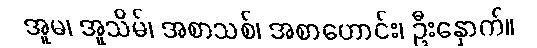
အူမ၊ အူသိမ်၊ အစာသစ်၊ အစာဟောင်း၊ ဦးနှောက်။